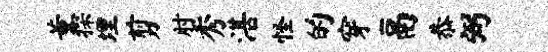
董探埋剪肘秀湛怪的穿鬲恭弼